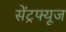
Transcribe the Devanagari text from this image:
सेंट्रफ्यूज